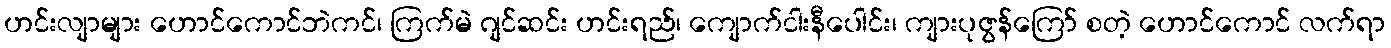
ဟင်းလျာများ ဟောင်ကောင်ဘဲကင်၊ ကြက်မဲ ဂျင်ဆင်း ဟင်းရည်၊ ကျောက်ငါးနီပေါင်း၊ ကျားပုဇွန်ကြော် စတဲ့ ဟောင်ကောင် လက်ရာ